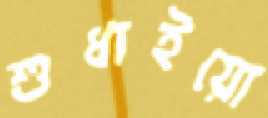
শুধাইয়ো